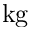
\mathrm { k g }